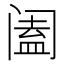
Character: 阖